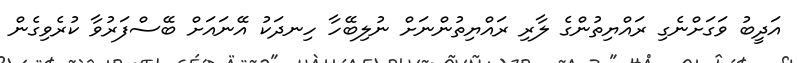
އަދީބު ވަގަށްނެގި ރައްޔިތުންގެ ލާރި ރައްޔިތުންނަށް ނުލިބޭހާ ހިނދަކު އޭނައަށް ބޭސްފަރުވާ ކުރެވިގެން